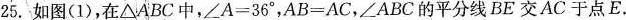
25.如图(1)，在△ABC中，$$∠ A = 3 6 °$$，$$A B = A C$$，∠ABC的平分线BE交AC于点E，